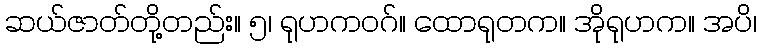
ဆယ်ဇာတ်တို့တည်း။ ၅၊ ရုဟကဝဂ်။ ထောရုတက။ အိုရုဟက။ အပိ၊